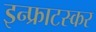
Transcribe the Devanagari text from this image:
इन्फ्राटस्कर